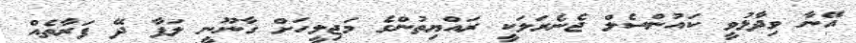
އޭނާ ވިދާޅުވީ ކައުންސެލް ޖެނެރަލަކީ ރައްޔިތުންގެ މަޖިލީހަށް ގާނޫނީ ލަފާ ދޭ ފަރާތެއް